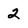
Character: 2